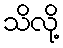
သိလို့